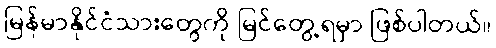
မြန်မာနိုင်ငံသားတွေကို မြင်တွေ့ရမှာ ဖြစ်ပါတယ်။